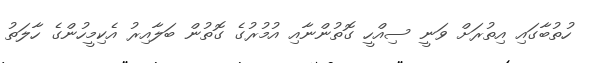
ހުތުބާގައި އިތުރަށް ވަނީ ސިއްހީ ގޮތުންނާއި އުމުރުގެ ގޮތުން ބަލާއިރު އެކިމީހުންގެ ހާލަތު